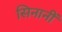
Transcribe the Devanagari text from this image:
सिनानीं